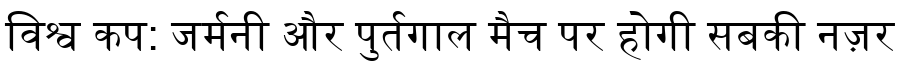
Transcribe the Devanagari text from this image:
विश्व कप: जर्मनी और पुर्तगाल मैच पर होगी सबकी नज़र